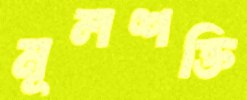
মূলশক্তি